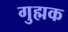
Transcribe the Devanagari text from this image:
गुह्मक